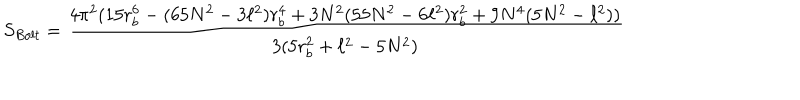
S _ { B o l t } = \frac { 4 \pi ^ { 2 } ( 1 5 r _ { b } ^ { 6 } - ( 6 5 N ^ { 2 } - 3 \ell ^ { 2 } ) r _ { b } ^ { 4 } + 3 N ^ { 2 } ( 5 5 N ^ { 2 } - 6 \ell ^ { 2 } ) r _ { b } ^ { 2 } + 9 N ^ { 4 } ( 5 N ^ { 2 } - \ell ^ { 2 } ) ) } { 3 ( 5 r _ { b } ^ { 2 } + \ell ^ { 2 } - 5 N ^ { 2 } ) }